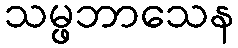
သမ္ဖဘာသေန